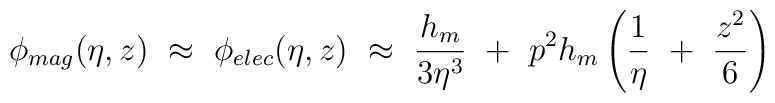
\phi_{mag} (\eta,z) ~\approx~ \phi_{elec} (\eta,z) ~\approx~ \frac {h_{m}}{3 \eta^3} ~+~ p^2 h_{m} \left( \frac 1 \eta ~+~ \frac {z^2} 6 \right)